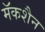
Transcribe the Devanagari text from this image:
मॅकशैन